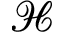
{ \mathcal H }